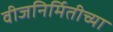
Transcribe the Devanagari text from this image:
वीजनिर्मितीच्या